Indian journal of veterinary science and animal husbandry - Volume 8,
Year: 1938
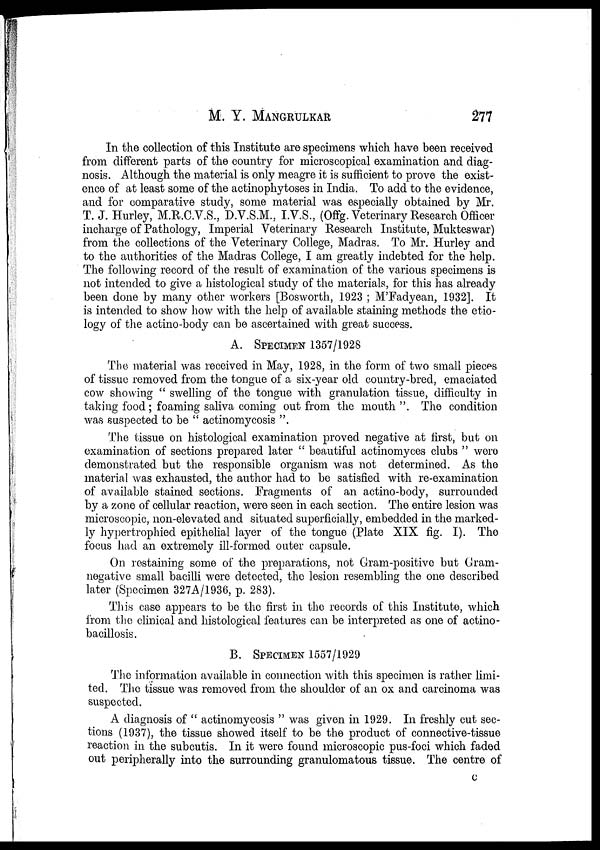
M. Y.
MANGRULKAR
277
In the collection of this Institute are specimens which have been received
from different parts of the country for microscopical examination and diag-
nosis. Although the material is only meagre it is sufficient to prove the exist-
ence of at least some of the actinophytoses in India. To add to the evidence,
and for comparative study, some material was especially obtained by Mr.
T. J. Hurley, M.R.C.V.S., D.V.S.M., I.V.S., (Offg. Veterinary Research Officer
incharge of Pathology, Imperial Veterinary Research Institute, Mukteswar)
from the collections of the Veterinary College, Madras. To Mr. Hurley and
to the authorities of the Madras College, I am greatly indebted for the help.
The following record of the result of examination of the various specimens is
not intended to give a histological study of the materials, for this has already
been done by many other workers [Bosworth, 1923 ; M'Fadyean, 1932]. It
is intended to show how with the help of available staining methods the etio-
logy of the actino-body can be ascertained with great success.
A. SPECIMEN 1357/1928
The material was received in May, 1928, in the form of two small pieces
of tissue removed from the tongue of a six-year old country-bred, emaciated
cow showing " swelling of the tongue with granulation tissue, difficulty in
taking food ; foaming saliva coming out from the mouth". The condition
was suspected to be " actinomycosis ".
The tissue on histological examination proved negative at first, but on
examination of sections prepared later " beautiful actinomyces clubs " were
demonstrated but the responsible organism was not determined. As the
material was exhausted, the author had to be satisfied with re-examination
of available stained sections. Fragments of an actino-body, surrounded
by a zone of cellular reaction, were seen in each section. The entire lesion was
microscopic, non-elevated and situated superficially, embedded in the marked-
ly hypertrophied epithelial layer of the tongue (Plate XIX fig. I). The
focus had an extremely ill-formed outer capsule.
On restaining some of the preparations, not Gram-positive but Gram-
negative small bacilli were detected, the lesion resembling the one described
later (Specimen 327A/1936, p. 283).
This case appears to be the first in the records of this Institute, which
from the clinical and histological features can be interpreted as one of actino¬
bacillosis.
B. SPECIMEN 1557/1929
The information available in connection with this specimen is rather limi-
ted. The tissue was removed from the shoulder of an ox and carcinoma was
suspected.
A diagnosis of " actinomycosis " was given in 1929. In freshly cut sec-
tions (1937), the tissue showed itself to be the product of connective-tissue
reaction in the subcutis. In it were found microscopic pus-foci which faded
out peripherally into the surrounding granulomatous tissue. The centre of
C